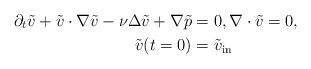
LaTeX: \begin{align*} \partial_t \tilde v+ \tilde v\cdot\nabla \tilde v-\nu\Delta \tilde v+\nabla \tilde{p}&=0, \nabla \cdot \tilde v = 0, \\ \tilde v(t=0) &= \tilde v_{\rm in} \end{align*}